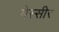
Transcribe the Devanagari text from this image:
मेस्सीर